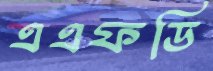
এএফডি